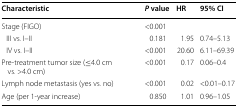
| Characteristic | P value | HR | 95% CI |
 | --- | --- | --- | --- |
 | Stage (FIGO) | <0.001 |  |  |
 | III vs. I–II | 0.181 | 1.95 | 0.74–5.13 |
 | IV vs. I–II | <0.001 | 20.60 | 6.11–69.39 |
 | Pre-treatment tumor size (≤4.0 cm vs. >4.0 cm) | <0.001 | 0.17 | 0.06–0.4 |
 | Lymph node metastasis (yes vs. no) | <0.001 | 0.02 | <0.01–0.17 |
 | Age (per 1-year increase) | 0.850 | 1.01 | 0.96–1.05 |